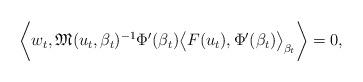
LaTeX: \begin{align*} \bigg\langle w_t , \mathfrak{M}(u_t,\beta_t)^{-1}\Phi'(\beta_t)\big\langle F(u_t),\Phi'(\beta_t) \big\rangle_{\beta_t} \bigg\rangle = 0, \end{align*}